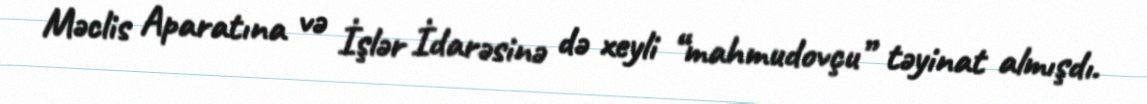
Məclis Aparatına və İşlər İdarəsinə də xeyli “mahmudovçu” təyinat almışdı.